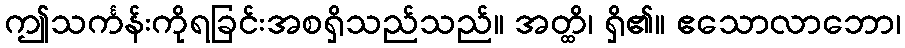
ဤသင်္ကန်းကိုရခြင်းအစရှိသည်သည်။ အတ္ထိ၊ ရှိ၏။ ဧသောလာဘော၊